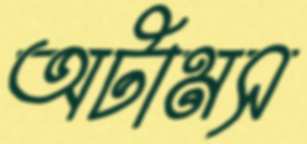
অটামস